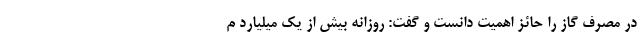
در مصرف گاز را حائز اهمیت دانست و گفت: روزانه بیش از یک میلیارد م